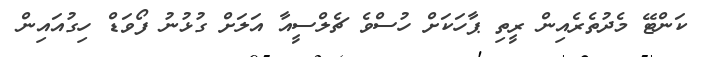
ކަންޓޭ މެދުތެރެއިން ރީތި ޕާހަކަށް ހުސްވެ ޗެލްސީއާ އަލަށް ގުޅުނު ފޯވަޑް ހިގުއައިން